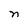
Character: n